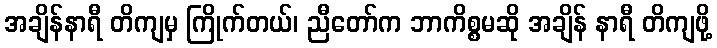
အချိန်နာရီ တိကျမှ ကြိုက်တယ်၊ ညီတော်က ဘာကိစ္စမဆို အချိန် နာရီ တိကျဖို့